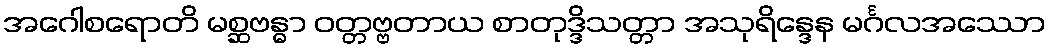
အဂေါစရောတိ မစ္ဆဗန္ဓာ ဝတ္တဗ္ဗတာယ စာတုဒ္ဒိသတ္တာ အသုရိန္ဒေန မင်္ဂလအဿော